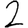
Digit: 2